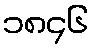
၁၈၄၆